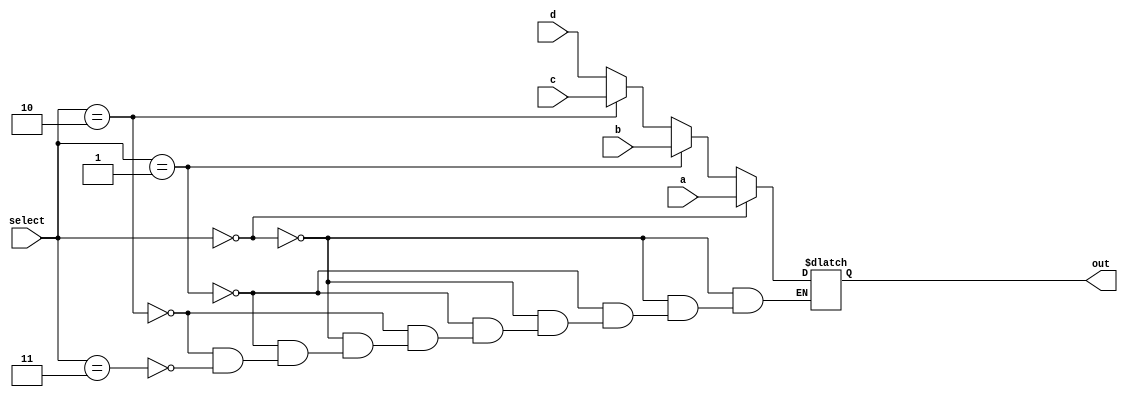
`timescale 1ns / 1ps
//////////////////////////////////////////////////////////////////////////////////
// Company: 
// Engineer: 
// 
// Design Name: 
// Module Name:    MUX41_32 
// Project Name: 
// Target Devices: 
// Tool versions: 
// Description: 
//
// Dependencies: 
//
// Revision: 
// Revision 0.01 - File Created
// Additional Comments: 
//
//////////////////////////////////////////////////////////////////////////////////
module MUX41_32(input [31:0] a, input [31:0] b,input [31:0] c, input [31:0] d, input [1:0] select, output reg [31:0] out);

	always@(*)
		begin
			if(select==2'b00)
			begin
				out = a;
			end
			else if(select==2'b01)
			begin
				out = b;
			end
			else if(select==2'b10)
			begin
				out = c;
			end
			else if(select==2'b11)
			begin
				out = d;
			end
		end

endmodule